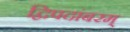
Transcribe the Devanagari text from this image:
द्विपदांबरम्